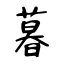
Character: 暮